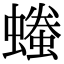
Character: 𧑞